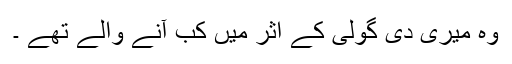
وہ میری دی گولی کے اثر میں کب آنے والے تھے ۔